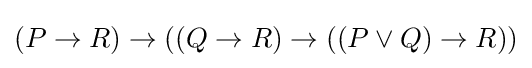
(P\to R)\to ((Q\to R)\to ((P\lor Q)\to R))